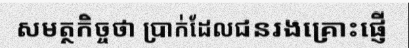
សមត្ថកិច្ចថា ប្រាក់ដែលជនរងគ្រោះផ្ញើ